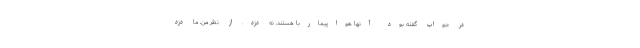
در جواب‌ گفته بود آنها هواپیماربا هستند، نه دزد. از نظر من، ما دزد